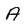
Character: A